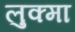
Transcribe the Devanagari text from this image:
लुक्मा